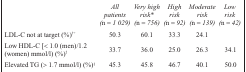
<table><thead><tr><td></td><td><b><i>All patients (n = 1 029)</i></b></td><td><b><i>Very high risk* (n = 756)</i></b></td><td><b><i>High risk (n = 92)</i></b></td><td><b><i>Moderate risk (n = 139)</i></b></td><td><b><i>Low risk (n = 42)</i></b></td></tr></thead><tbody><tr><td>LDL-C not at target (%)<sup>†+</sup></td><td>50.3</td><td>60.1</td><td>33.3</td><td>24.1</td><td></td></tr><tr><td>Low HDL-C [&lt; 1.0 (men)/1.2 (women) mmol/l) (%)<sup>‡</sup></td><td>33.7</td><td>36.0</td><td>25.0</td><td>26.3</td><td>34.1</td></tr><tr><td>Elevated TG (&gt; 1.7 mmol/l) (%)<sup>§</sup></td><td>45.3</td><td>45.8</td><td>46.7</td><td>40.1</td><td>50.0</td></tr></tbody></table>